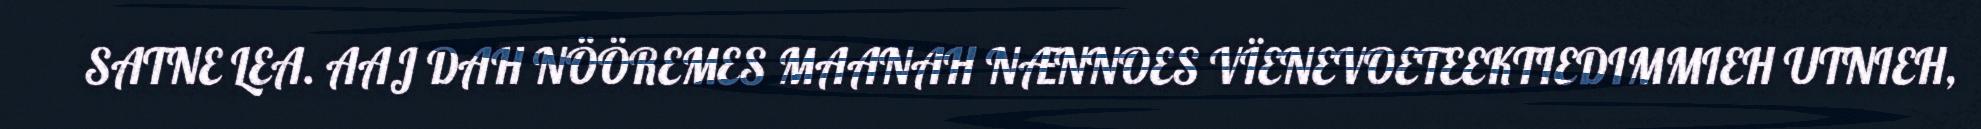
SATNE LEA. AAJ DAH NÖÖREMES MAANAH NÆNNOES VÏENEVOETEEKTIEDIMMIEH UTNIEH,